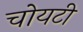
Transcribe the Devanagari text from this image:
चोयटी